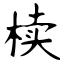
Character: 椟